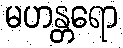
မဟန္တရော